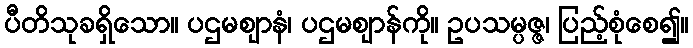
ပီတိသုခရှိသော။ ပဌမဈာနံ၊ ပဌမဈာန်ကို။ ဥပသမ္ပဇ္ဇ၊ ပြည့်စုံစေ၍။